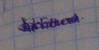
Signature authenticity: genuine